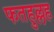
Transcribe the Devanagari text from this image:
फतहुल्लह